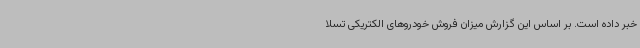
خبر داده است. بر اساس این گزارش میزان فروش خودروهای الکتریکی تسلا